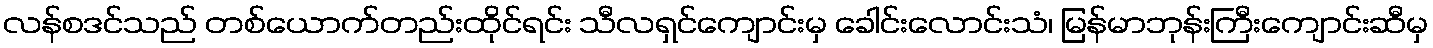
လန်စဒင်သည် တစ်ယောက်တည်းထိုင်ရင်း သီလရှင်ကျောင်းမှ ခေါင်းလောင်းသံ၊ မြန်မာဘုန်းကြီးကျောင်းဆီမှ